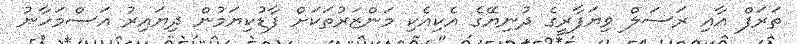
ތަރަފް އާއި ރަސަލް ވިޔަފާރީގެ ދުނިޔޭގެ އެކިއެކި މަންޒަރުތަކަށް ފާޑުކިޔަމުން ދިޔައިރު އަސްމަހާނު